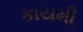
કાયમી